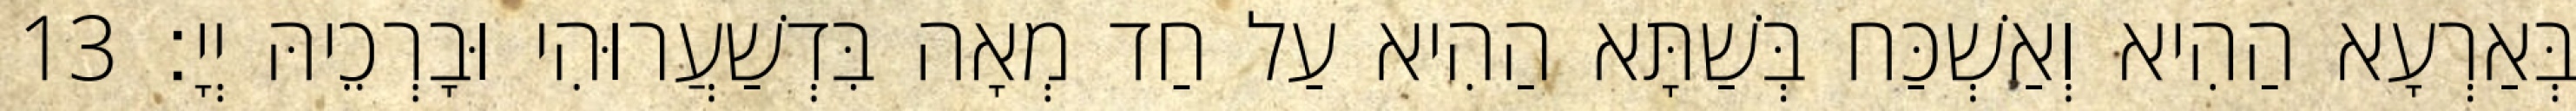
בְּאַרְעָא הַהִיא וְאַשְׁכַּח בְּשַׁתָּא הַהִיא עַל חַד מְאָה בִּדְשַׁעֲרוּהִי וּבָרְכֵיהּ יְיָ׃ 13